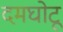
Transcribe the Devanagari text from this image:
दमघोटू